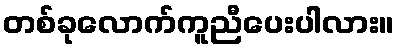
တစ်ခုလောက်ကူညီပေးပါလား။